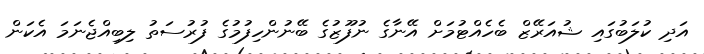
އަދި ކުލަބުގައި ޝުއަރޭޒް ބެހެއްޓުމަށް އޭނާގެ ނުފޫޒުގެ ބޭނުންހިފުމުގެ ފުރުސަތު ލިބިއްޖެނަމަ އެކަން